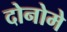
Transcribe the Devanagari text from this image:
दोनोमे